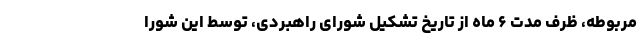
مربوطه، ظرف مدت ۶ ماه از تاریخ تشکیل شورای راهبردی، توسط این شورا